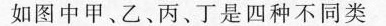
如图中甲。乙、丙、丁是四种不同类